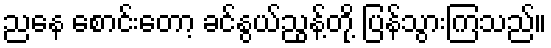
ညနေ စောင်းတော့ ခင်နွယ်ညွန့်တို့ ပြန်သွားကြသည်။